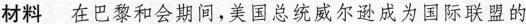
材料 在巴黎和会期间，美国总统威尔逊成为国际联盟的